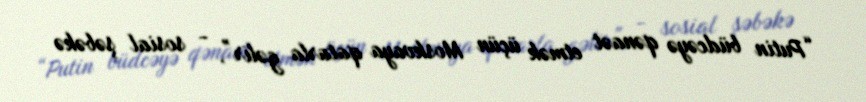
“Putin büdcəyə qənaət etmək üçün Moskvaya qatarla gəlir”, - sosial şəbəkə